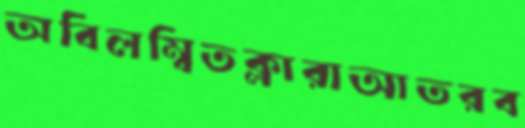
অবিলম্বিতক্লারাআতরব